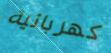
كهربائية